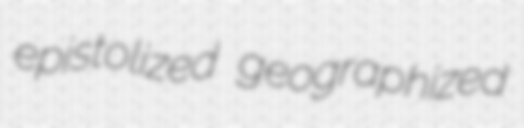
epistolized geographized